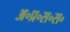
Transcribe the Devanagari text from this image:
अ॰प्र॰स॰स॰